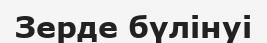
Зерде бүлінуі